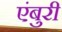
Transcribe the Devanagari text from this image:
एंबुरी